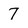
Character: 7